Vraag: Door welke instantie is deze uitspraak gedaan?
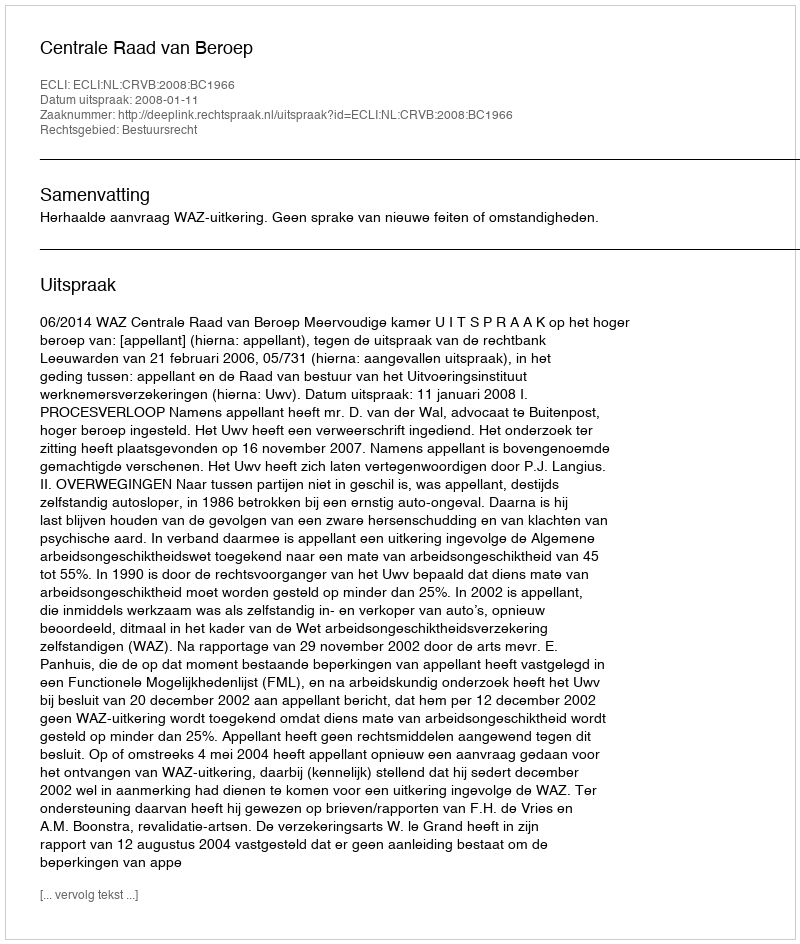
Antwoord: Centrale Raad van Beroep